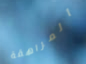
المراهقة